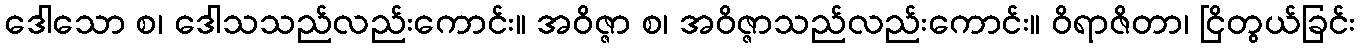
ဒေါသော စ၊ ဒေါသသည်လည်းကောင်း။ အဝိဇ္ဇာ စ၊ အဝိဇ္ဇာသည်လည်းကောင်း။ ဝိရာဇိတာ၊ ငြိတွယ်ခြင်း